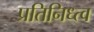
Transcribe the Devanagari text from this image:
प्रतिनिध्त्व